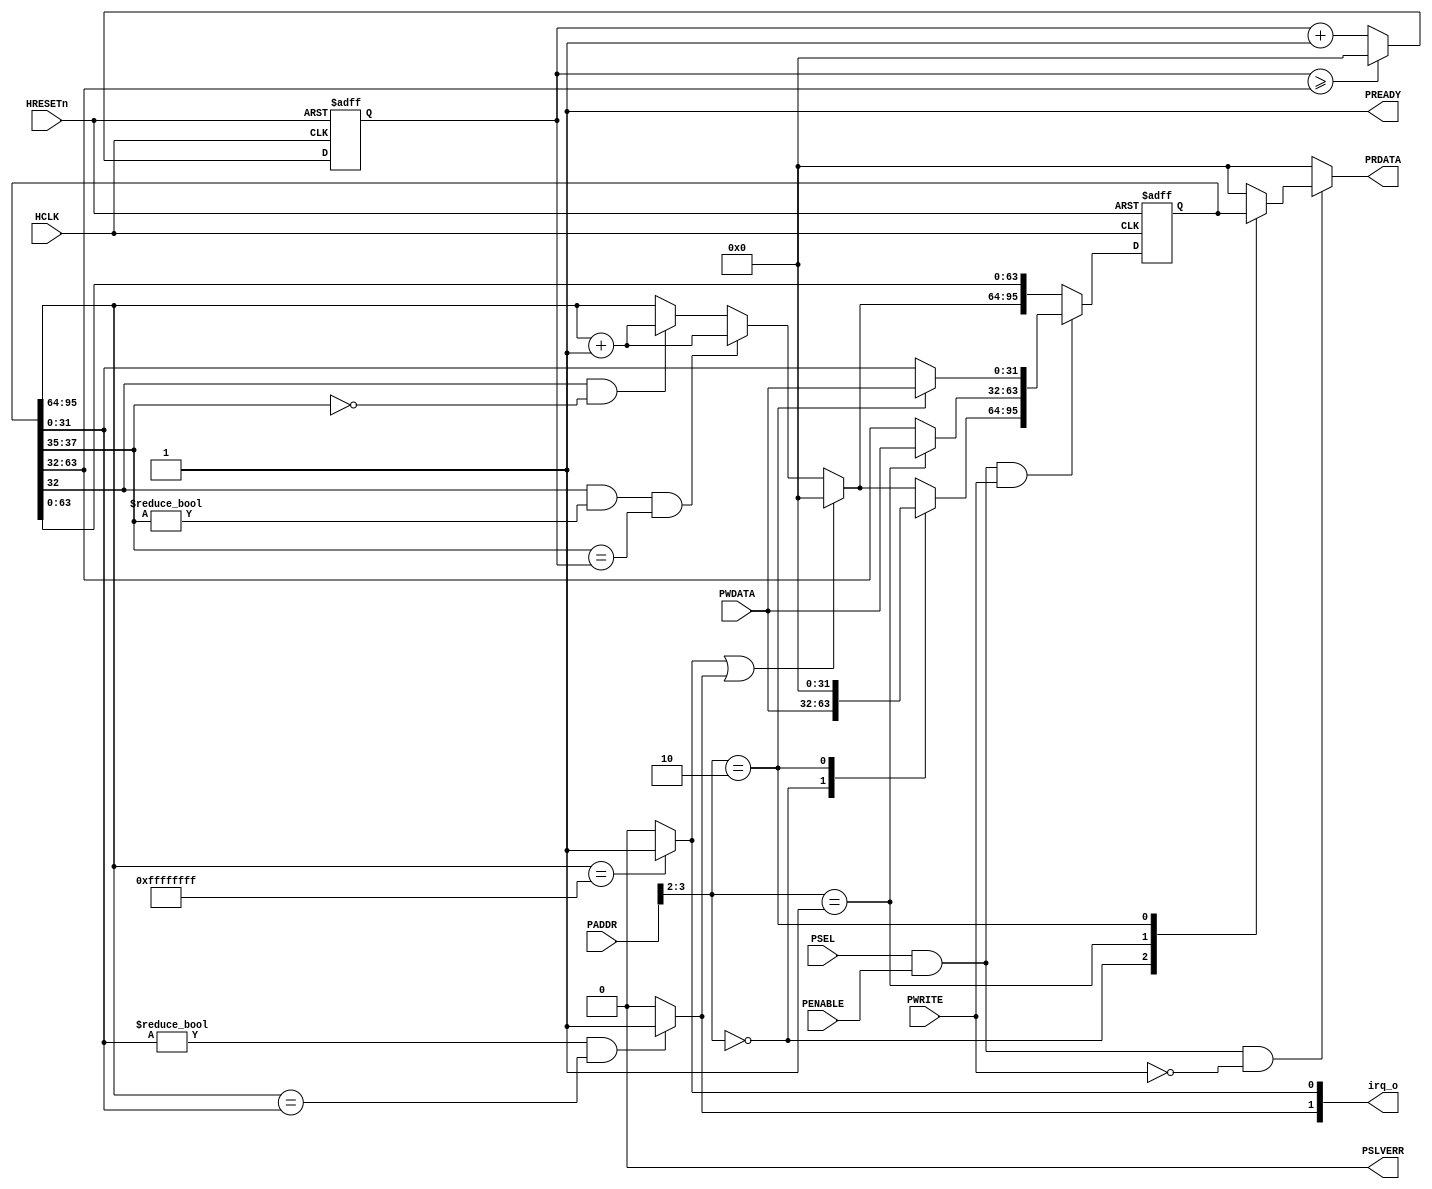
module timer 
#(
    parameter APB_ADDR_WIDTH = 12  //APB slaves are 4KB by default
)
(
	HCLK,
	HRESETn,
	PADDR,
	PWDATA,
	PWRITE,
	PSEL,
	PENABLE,
	PRDATA,
	PREADY,
	PSLVERR,
	irq_o
);
	//parameter APB_ADDR_WIDTH = 12;
	input wire HCLK;
	input wire HRESETn;
	input wire [APB_ADDR_WIDTH - 1:0] PADDR;
	input wire [31:0] PWDATA;
	input wire PWRITE;
	input wire PSEL;
	input wire PENABLE;
	output reg [31:0] PRDATA;
	output wire PREADY;
	output wire PSLVERR;
	output reg [1:0] irq_o;
	wire [1:0] register_adr;
	assign register_adr = PADDR[4:2];
	assign PREADY = 1'b1;
	assign PSLVERR = 1'b0;
	reg [95:0] regs_q;
	reg [95:0] regs_n;
	reg [31:0] cycle_counter_n;
	reg [31:0] cycle_counter_q;
	wire [2:0] prescaler_int;
	always @(*) begin
		irq_o = 2'b00;
		if (regs_q[64+:32] == 32'hffffffff)
			irq_o[0] = 1'b1;
		if ((regs_q[0+:32] != 'b0) && (regs_q[64+:32] == regs_q[0+:32]))
			irq_o[1] = 1'b1;
	end
	assign prescaler_int = regs_q[37-:3];
	always @(*) begin
		regs_n = regs_q;
		cycle_counter_n = cycle_counter_q + 1;
		if ((irq_o[0] == 1'b1) || (irq_o[1] == 1'b1))
			regs_n[64+:32] = 1'b0;
		else if ((regs_q[32] && (prescaler_int != 'b0)) && (prescaler_int == cycle_counter_q))
			regs_n[64+:32] = regs_q[64+:32] + 1;
		else if (regs_q[32] && (regs_q[37-:3] == 'b0))
			regs_n[64+:32] = regs_q[64+:32] + 1;
		if (cycle_counter_q >= regs_q[32+:32])
			cycle_counter_n = 32'b00000000000000000000000000000000;
		if ((PSEL && PENABLE) && PWRITE)
			case (register_adr)
				2'b00: regs_n[64+:32] = PWDATA;
				2'b01: regs_n[32+:32] = PWDATA;
				2'b10: begin
					regs_n[0+:32] = PWDATA;
					regs_n[64+:32] = 32'b00000000000000000000000000000000;
				end
			endcase
	end
	always @(*) begin
		PRDATA = 'b0;
		if ((PSEL && PENABLE) && !PWRITE)
			case (register_adr)
				2'b00: PRDATA = regs_q[64+:32];
				2'b01: PRDATA = regs_q[32+:32];
				2'b10: PRDATA = regs_q[0+:32];
			endcase
	end
	always @(posedge HCLK or negedge HRESETn)
		if (~HRESETn) begin
			regs_q <= {3 {32'b00000000000000000000000000000000}};
			cycle_counter_q <= 32'b00000000000000000000000000000000;
		end
		else begin
			regs_q <= regs_n;
			cycle_counter_q <= cycle_counter_n;
		end
endmodule